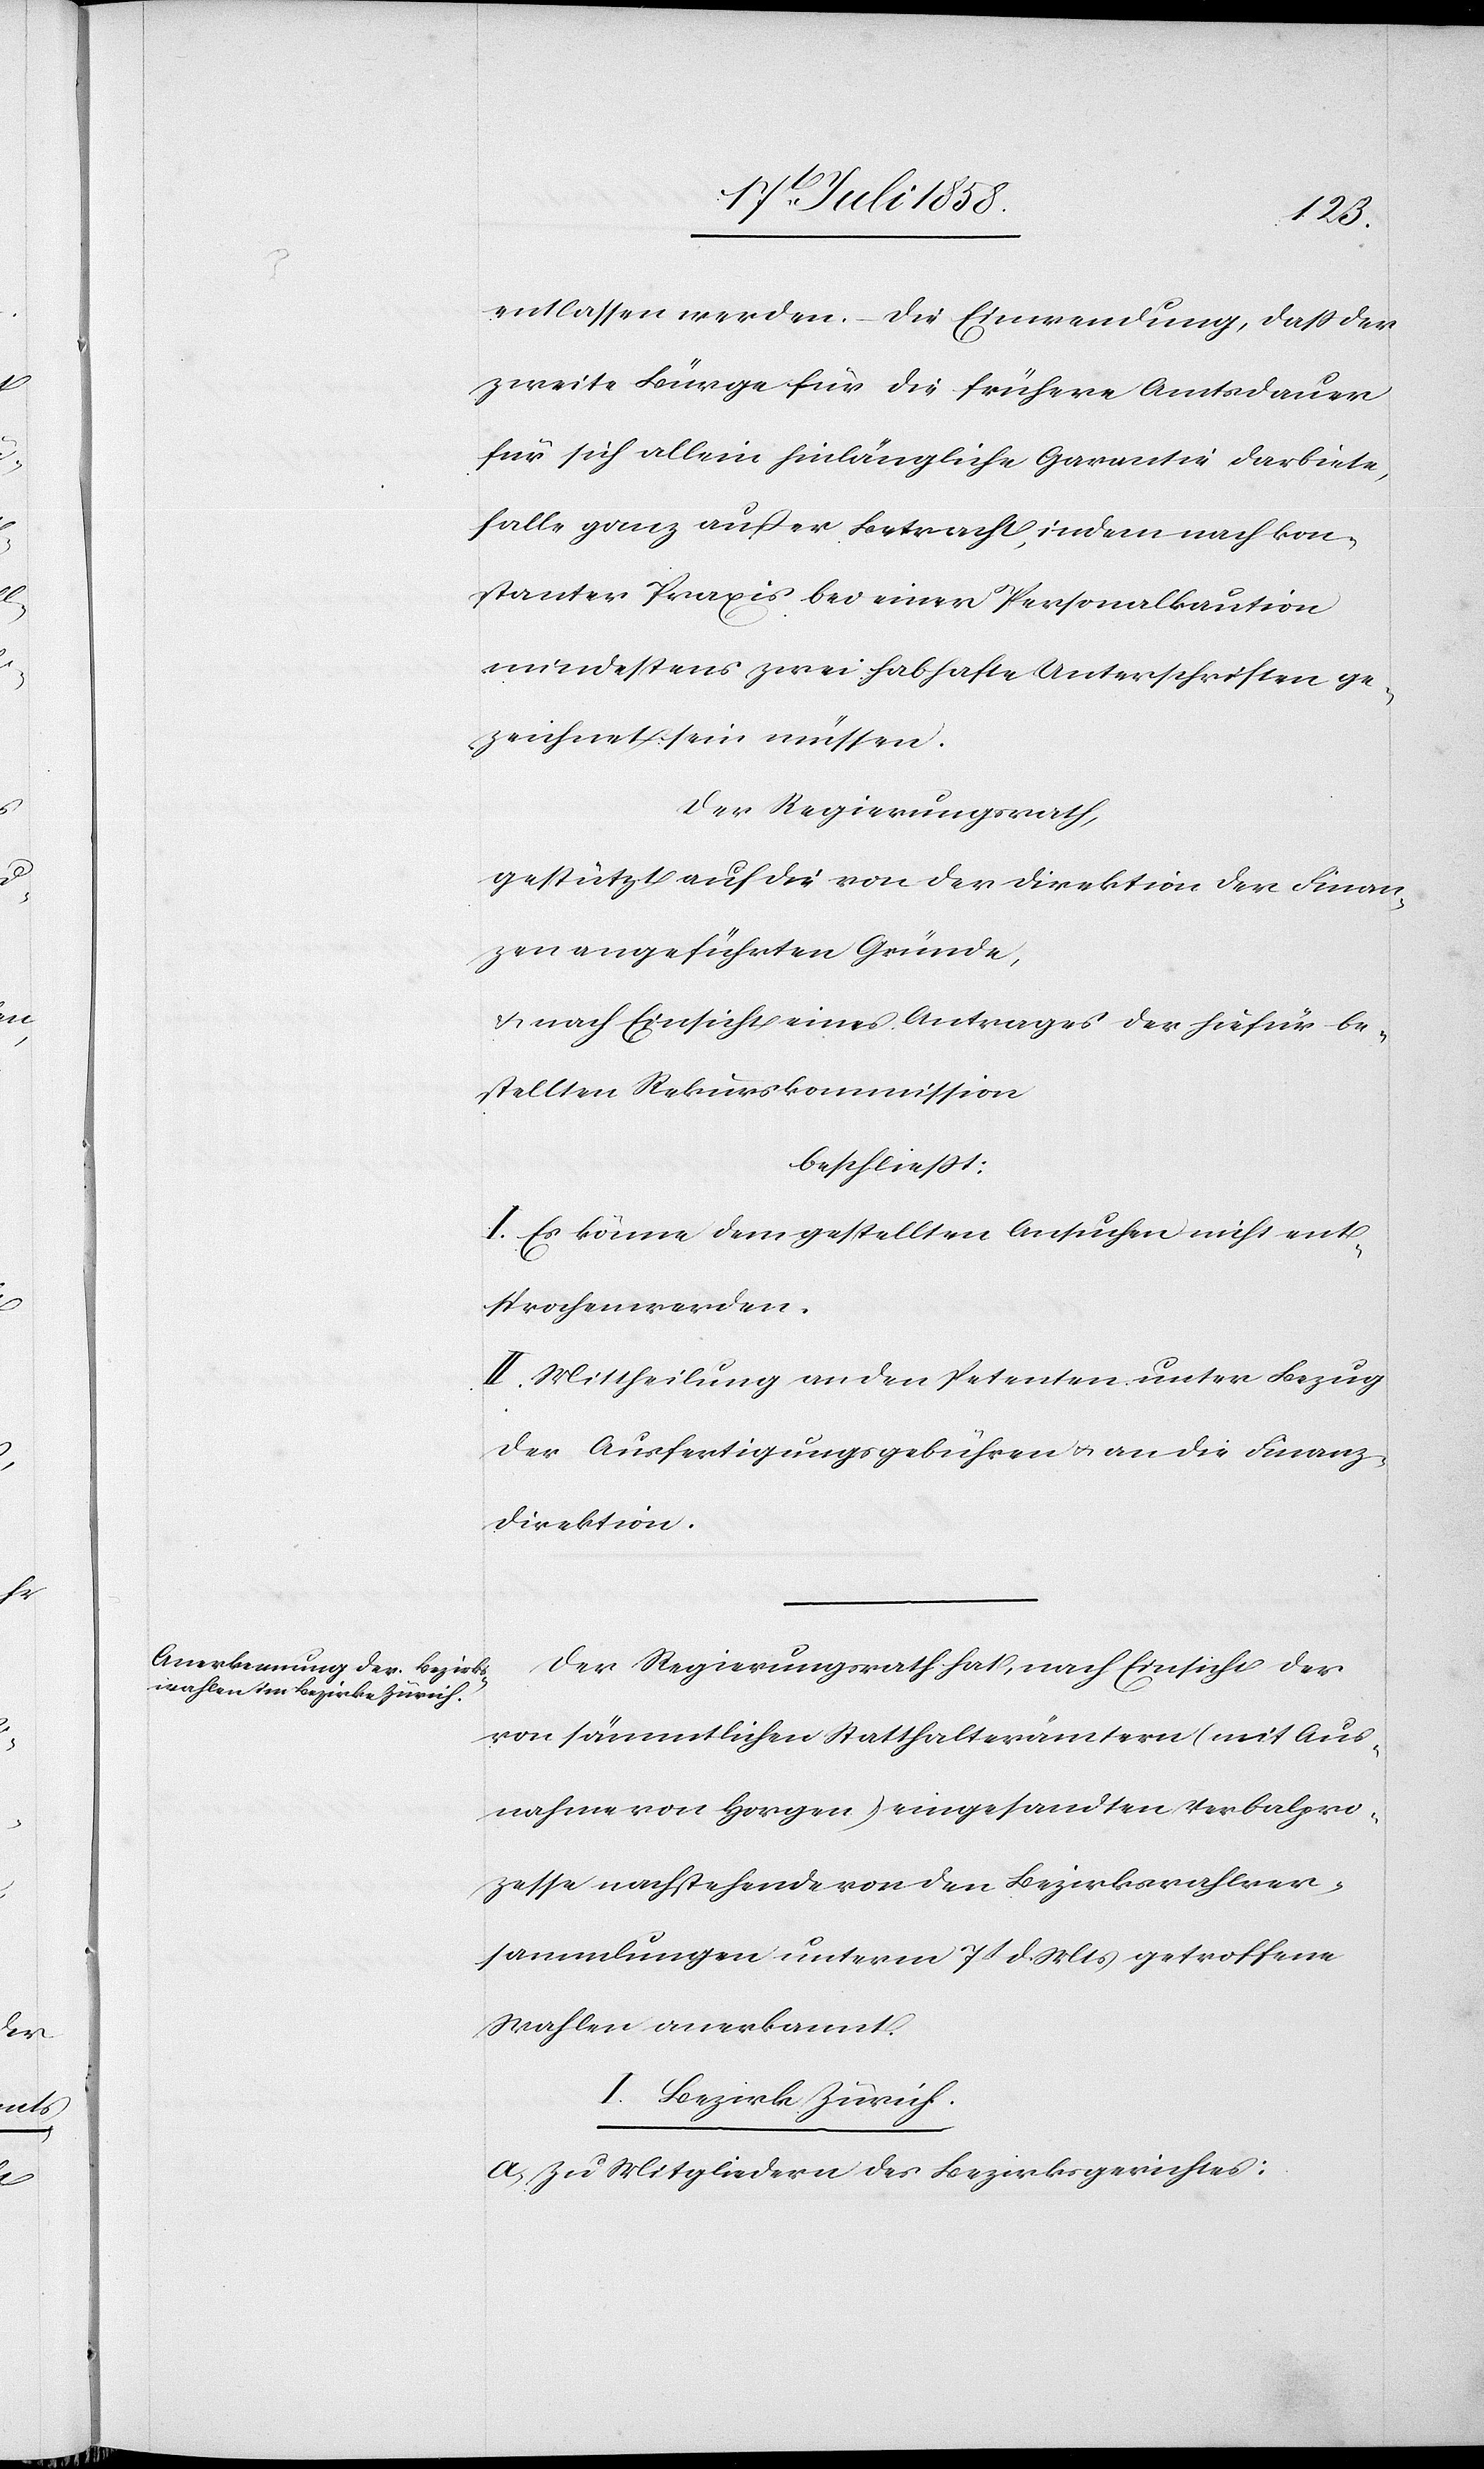
entlassen werden. – Die Einwendung, dass der
zweite Bürge für die frühere Amtsdauer
für sich allein hinlängliche Garantie darbiete,
falle ganz außer Betracht, indem nach kon¬
stanter Praxis bei einer Personalkaution
mindestens zwei habhafte Unterschriften ge¬
zeichnet sein müssen.
Der Regierungsrath,
gestützt auf die von der Direktion der Finan¬
zen angeführten Gründe,
& nach Einsicht eines Antrages der hiefür be¬
stellten Rekurskommission
beschließt:
I. Es könne dem gestellten Ansuchen nicht ent¬
sprochen werden.
II. Mittheilung an den Petenten unter Bezug
der Ausfertigungsgebühren & an die Finanz¬
direktion.
Der Regierungsrath hat, nach Einsicht der
von sämmtlichen Statthalterämtern (mit Aus¬
nahme von Horgen) eingesandten Verbalpro¬
zesse nachstehende von den Bezirkswahlver¬
sammlungen unterm 7t d. Mts getroffene
Wahlen anerkannt.
I. Bezirk Zürich
a. Zu Mitgliedern des Bezirksgerichtes: